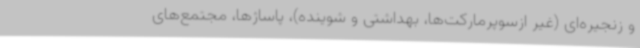
و زنجیره‌ای (غیر ازسوپرمارکت‌ها، بهداشتی و شوینده)، پاساژها، مجتمع‌های